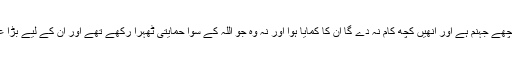
اُن کے پیچھے جہنم ہے اور اُنھیں کچھ کام نہ دے گا ان کا کمایا ہوا اور نہ وہ جو اللہ کے سوا حمایتی ٹھہرا رکھے تھے اور ان کے لیے بڑا عذاب ہے۔